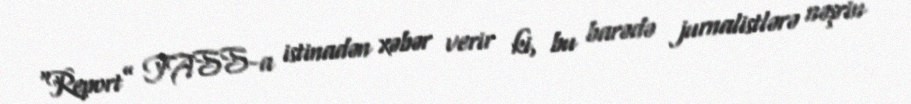
“Report” TASS-a istinadən xəbər verir ki, bu barədə jurnalistlərə nəşrin